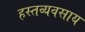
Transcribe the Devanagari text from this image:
हस्तव्यवसाय